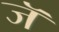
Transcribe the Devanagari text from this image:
जॅ